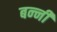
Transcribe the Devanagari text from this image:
बन्‍नी